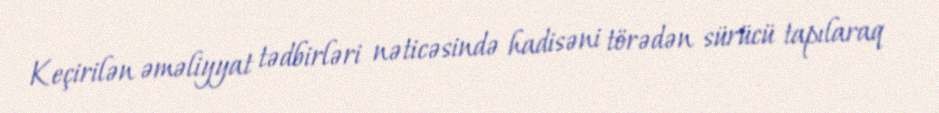
Keçirilən əməliyyat tədbirləri nəticəsində hadisəni törədən sürücü tapılaraq